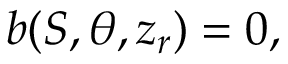
b ( S , \theta , z _ { r } ) = 0 ,